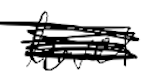
Text: level
Cross-out: scratch
Writing tool: digital_black